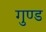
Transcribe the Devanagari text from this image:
गुण्ड